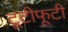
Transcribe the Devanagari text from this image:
टूटीफूटी